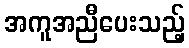
အကူအညီပေးသည့်